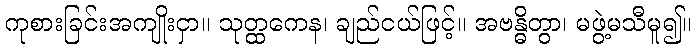
ကုစားခြင်းအကျိုးငှာ။ သုတ္ထကေန၊ ချည်ငယ်ဖြင့်။ အဗန္ဓိတွာ၊ မဖွဲ့မသီမူ၍။